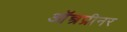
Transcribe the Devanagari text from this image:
ऑन्त्रप्रीनर